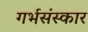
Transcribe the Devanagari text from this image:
गर्भसंस्कार